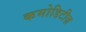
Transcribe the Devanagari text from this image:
कमोडिटीज़